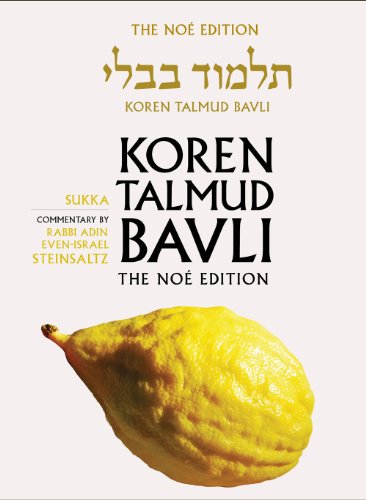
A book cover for Koren Talmud Bavli, Vol.10: Sukka (Hebrew Edition); Adin Steinsaltz; Religion & Spirituality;